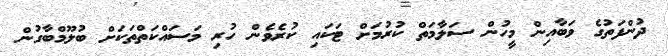
ދުންފަތުގެ ވަބާއިން މީހުން ސަލާމަތް ކުރުމަށް ޓަކައި ކުރެވެން ހުރި މަސައްކަތްތަކަށް ބުލޫމްބާގުން